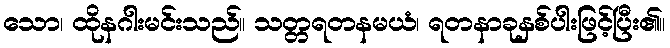
သော၊ ထိုနဂါးမင်းသည်။ သတ္တရတနမယံ၊ ရတနာခုနှစ်ပါးဖြင့်ပြီး၏။